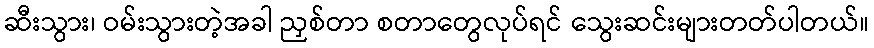
ဆီးသွား၊ ဝမ်းသွားတဲ့အခါ ညှစ်တာ စတာတွေလုပ်ရင် သွေးဆင်းများတတ်ပါတယ်။